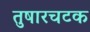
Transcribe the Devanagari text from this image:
तुषारचटक